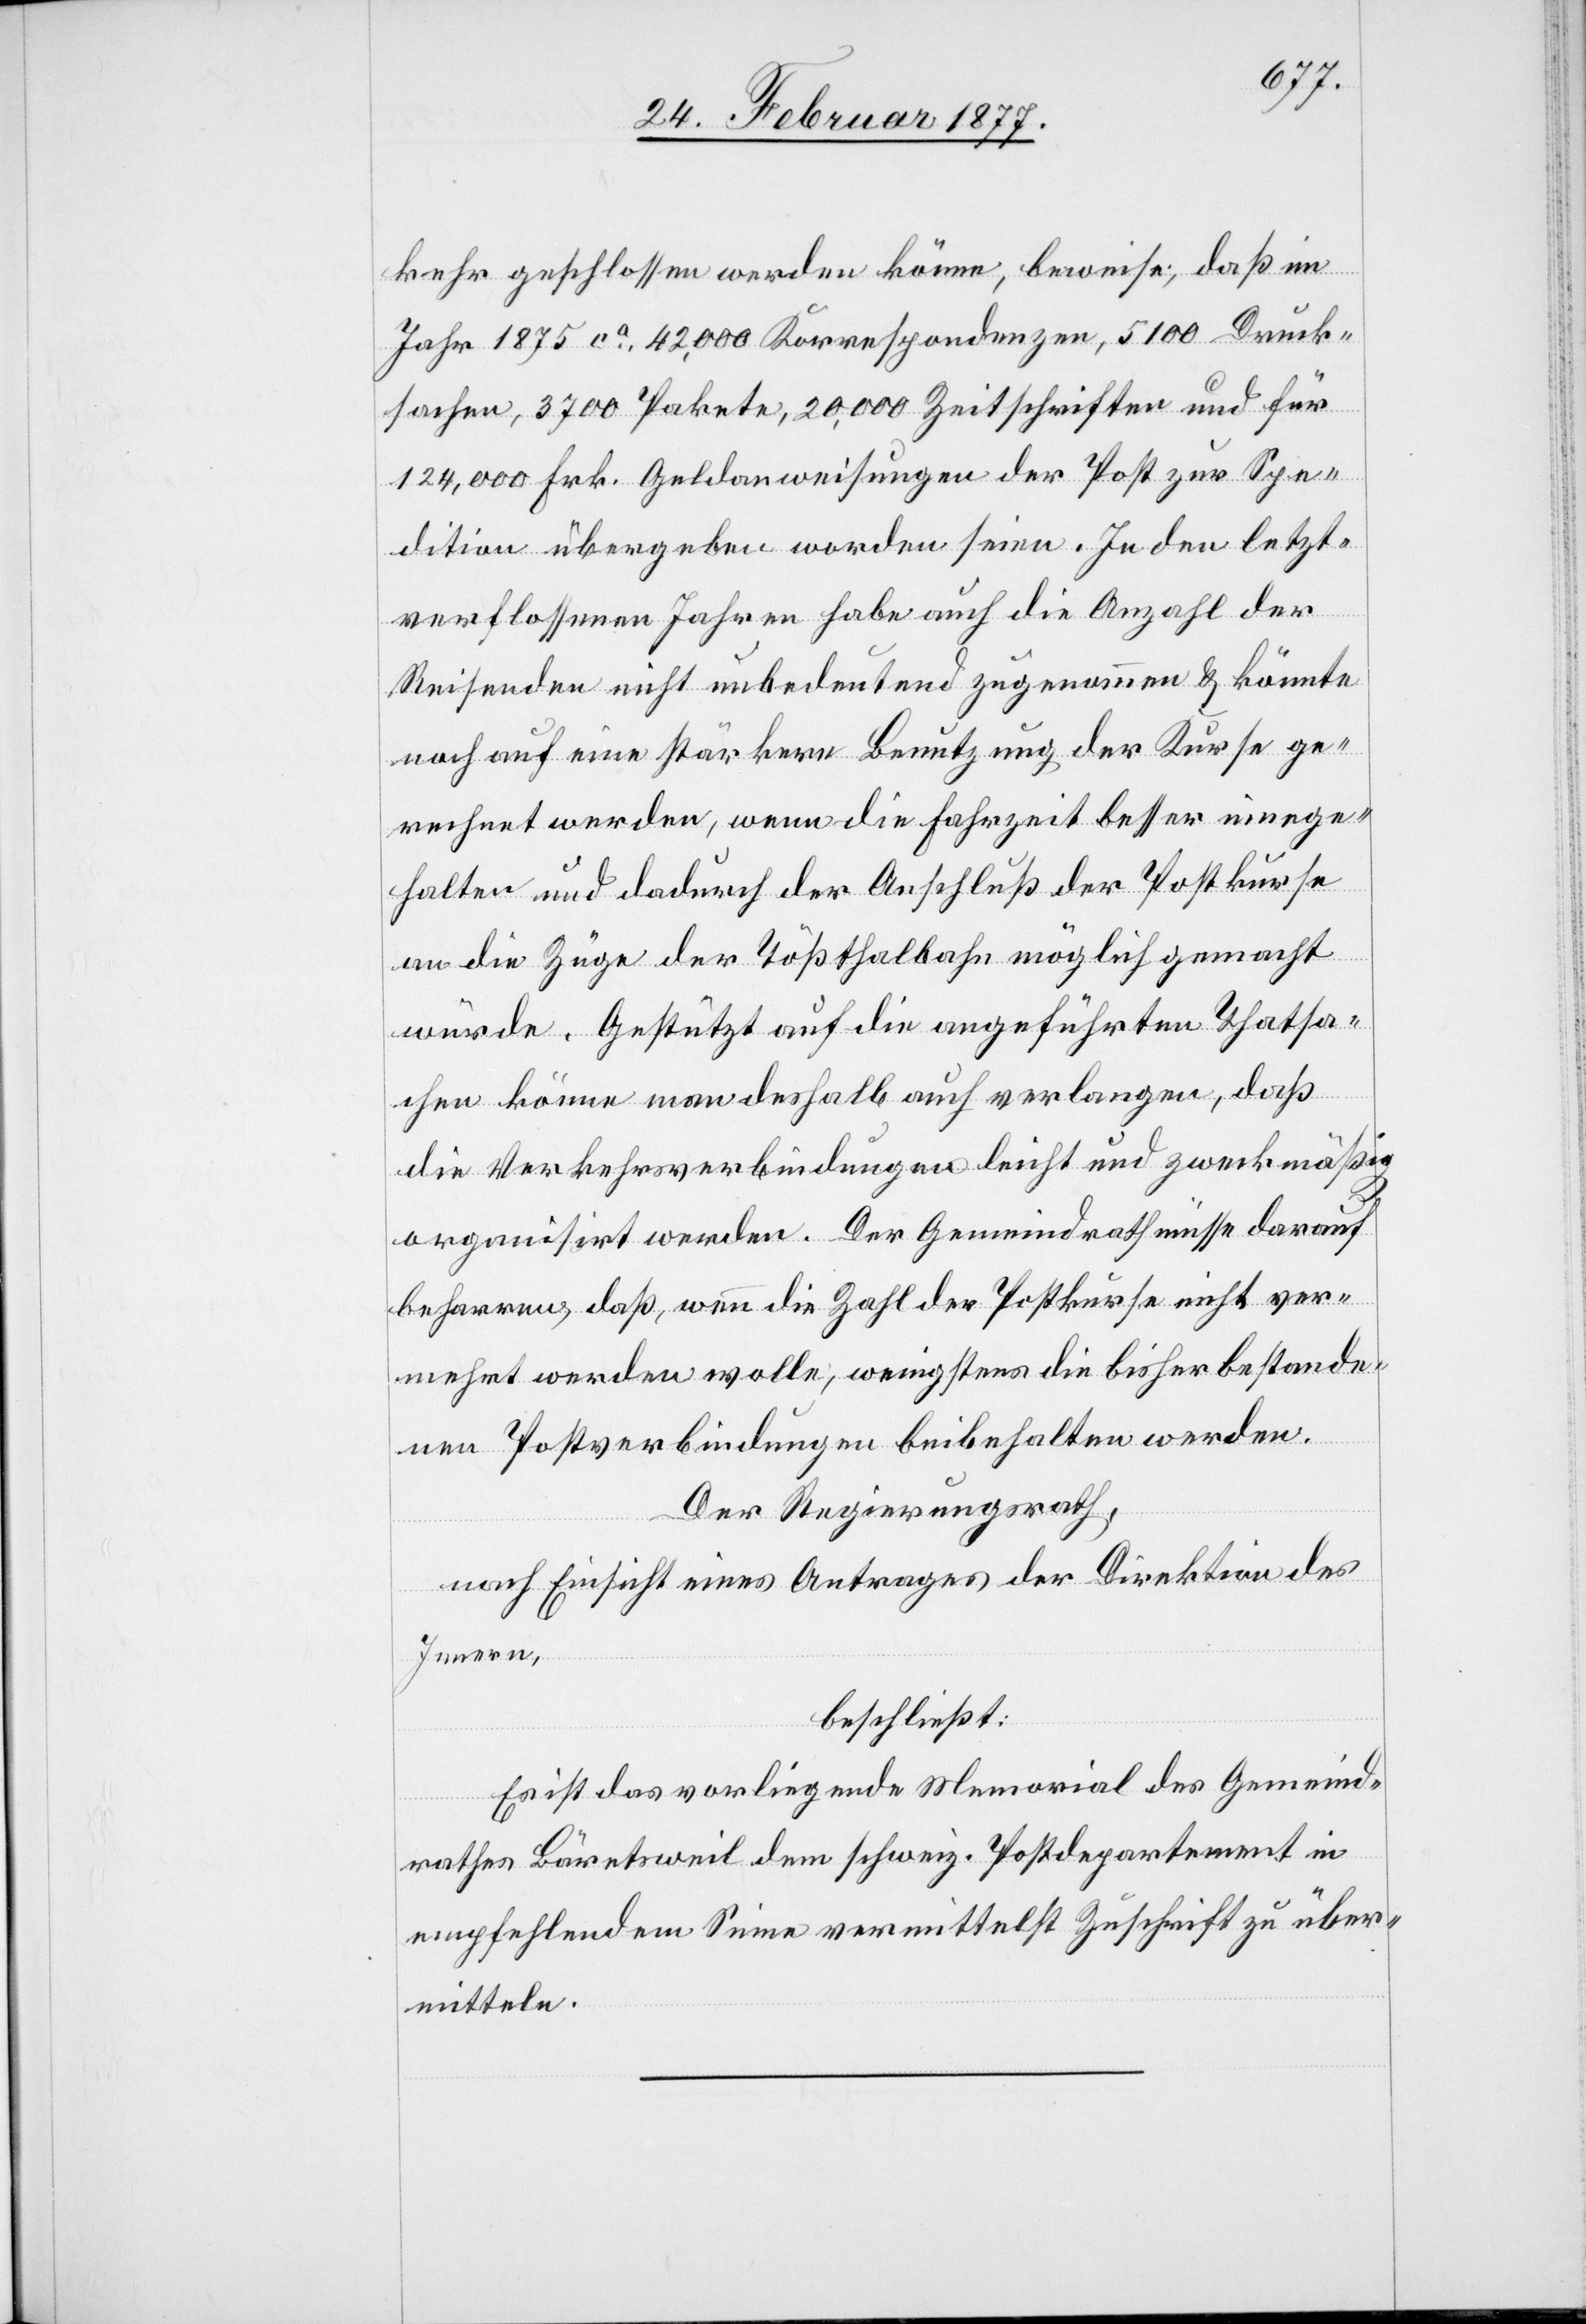
kehr geschlossen werden könne, beweise, daß im
Jahr 1875 ca 42,000 Korrespondenzen, 5100 Druck¬
sachen, 3700 Pakete, 20,000 Zeitschriften und für
124,000 Frk. Geldanweisungen der Post zur Spe¬
dition übergeben worden seien. In den letzt¬
verflossenen Jahren habe auch die Anzahl der
Reisenden nicht unbedeutend zugenommen & könnte
noch auf eine stärkere Benutzung der Kurse ge¬
rechnet werden, wenn die Fahrzeit besser einge¬
halten und dadurch der Anschluß der Postkurse
an die Züge der Tößthalbahn möglich gemacht
würde. Gestützt auf die angeführten Thatsa¬
chen könne man deshalb auch verlangen, daß
die Verkehrsverbindungen leicht und zweckmäßig
organisirt werden. Der Gemeindrath müsse darauf
beharren, daß, wenn die Zahl der Postkurse nicht ver¬
mehrt werden wolle, wenigstens die bisher bestande¬
nen Postverbindungen beibehalten werden.
Der Regierungsrath,
nach Einsicht eines Antrages der Direktion des
Innern,
beschließt:
Es ist das vorliegende Memorial des Gemeind¬
rathes Bärentsweil dem schweiz. Postdepartement in
empfehlendem Sinne vermittelst Zuschrift zu über¬
mitteln.